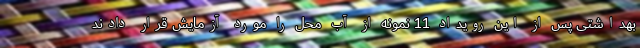
بهداشتی پس از این رویداد 11 نمونه از آب محل را مورد آزمایش قرار دادند